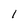
Character: I